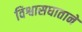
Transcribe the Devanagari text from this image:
विश्वासघातानें